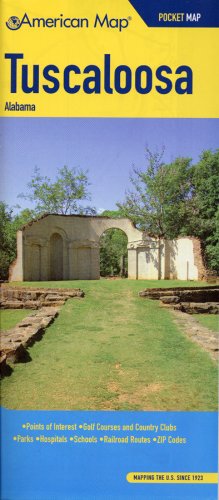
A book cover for American Map Tuscaloosa, Al Pocket Map; Travel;